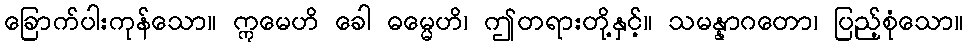
ခြောက်ပါးကုန်သော။ ဣမေဟိ ခေါ ဓမ္မေဟိ၊ ဤတရားတို့နှင့်။ သမန္နာဂတော၊ ပြည့်စုံသော။